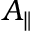
A _ { \parallel }